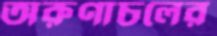
অরুণাচলের